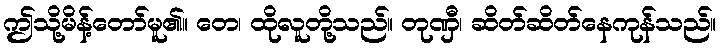
ဤသို့မိန့်တော်မူ၏။ တေ၊ ထိုလူတို့သည်။ တုဏှီ၊ ဆိတ်ဆိတ်နေကုန်သည်။